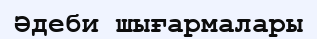
Әдеби шығармалары